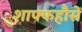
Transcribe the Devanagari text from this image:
शाफ्फहौसें